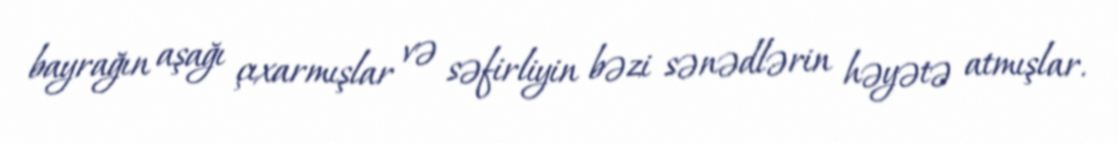
bayrağın aşağı çıxarmışlar və səfirliyin bəzi sənədlərin həyətə atmışlar.